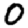
Digit: 0